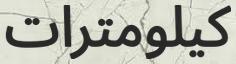
كيلومترات